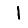
Digit: 1